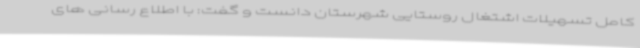
کامل تسهیلات اشتغال روستایی شهرستان دانست و گفت: با اطلاع رسانی های